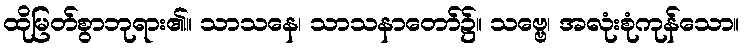
ထိုမြတ်စွာဘုရား၏။ သာသနေ၊ သာသနာတော်၌။ သဗ္ဗေ၊ အလုံးစုံကုန်သော။